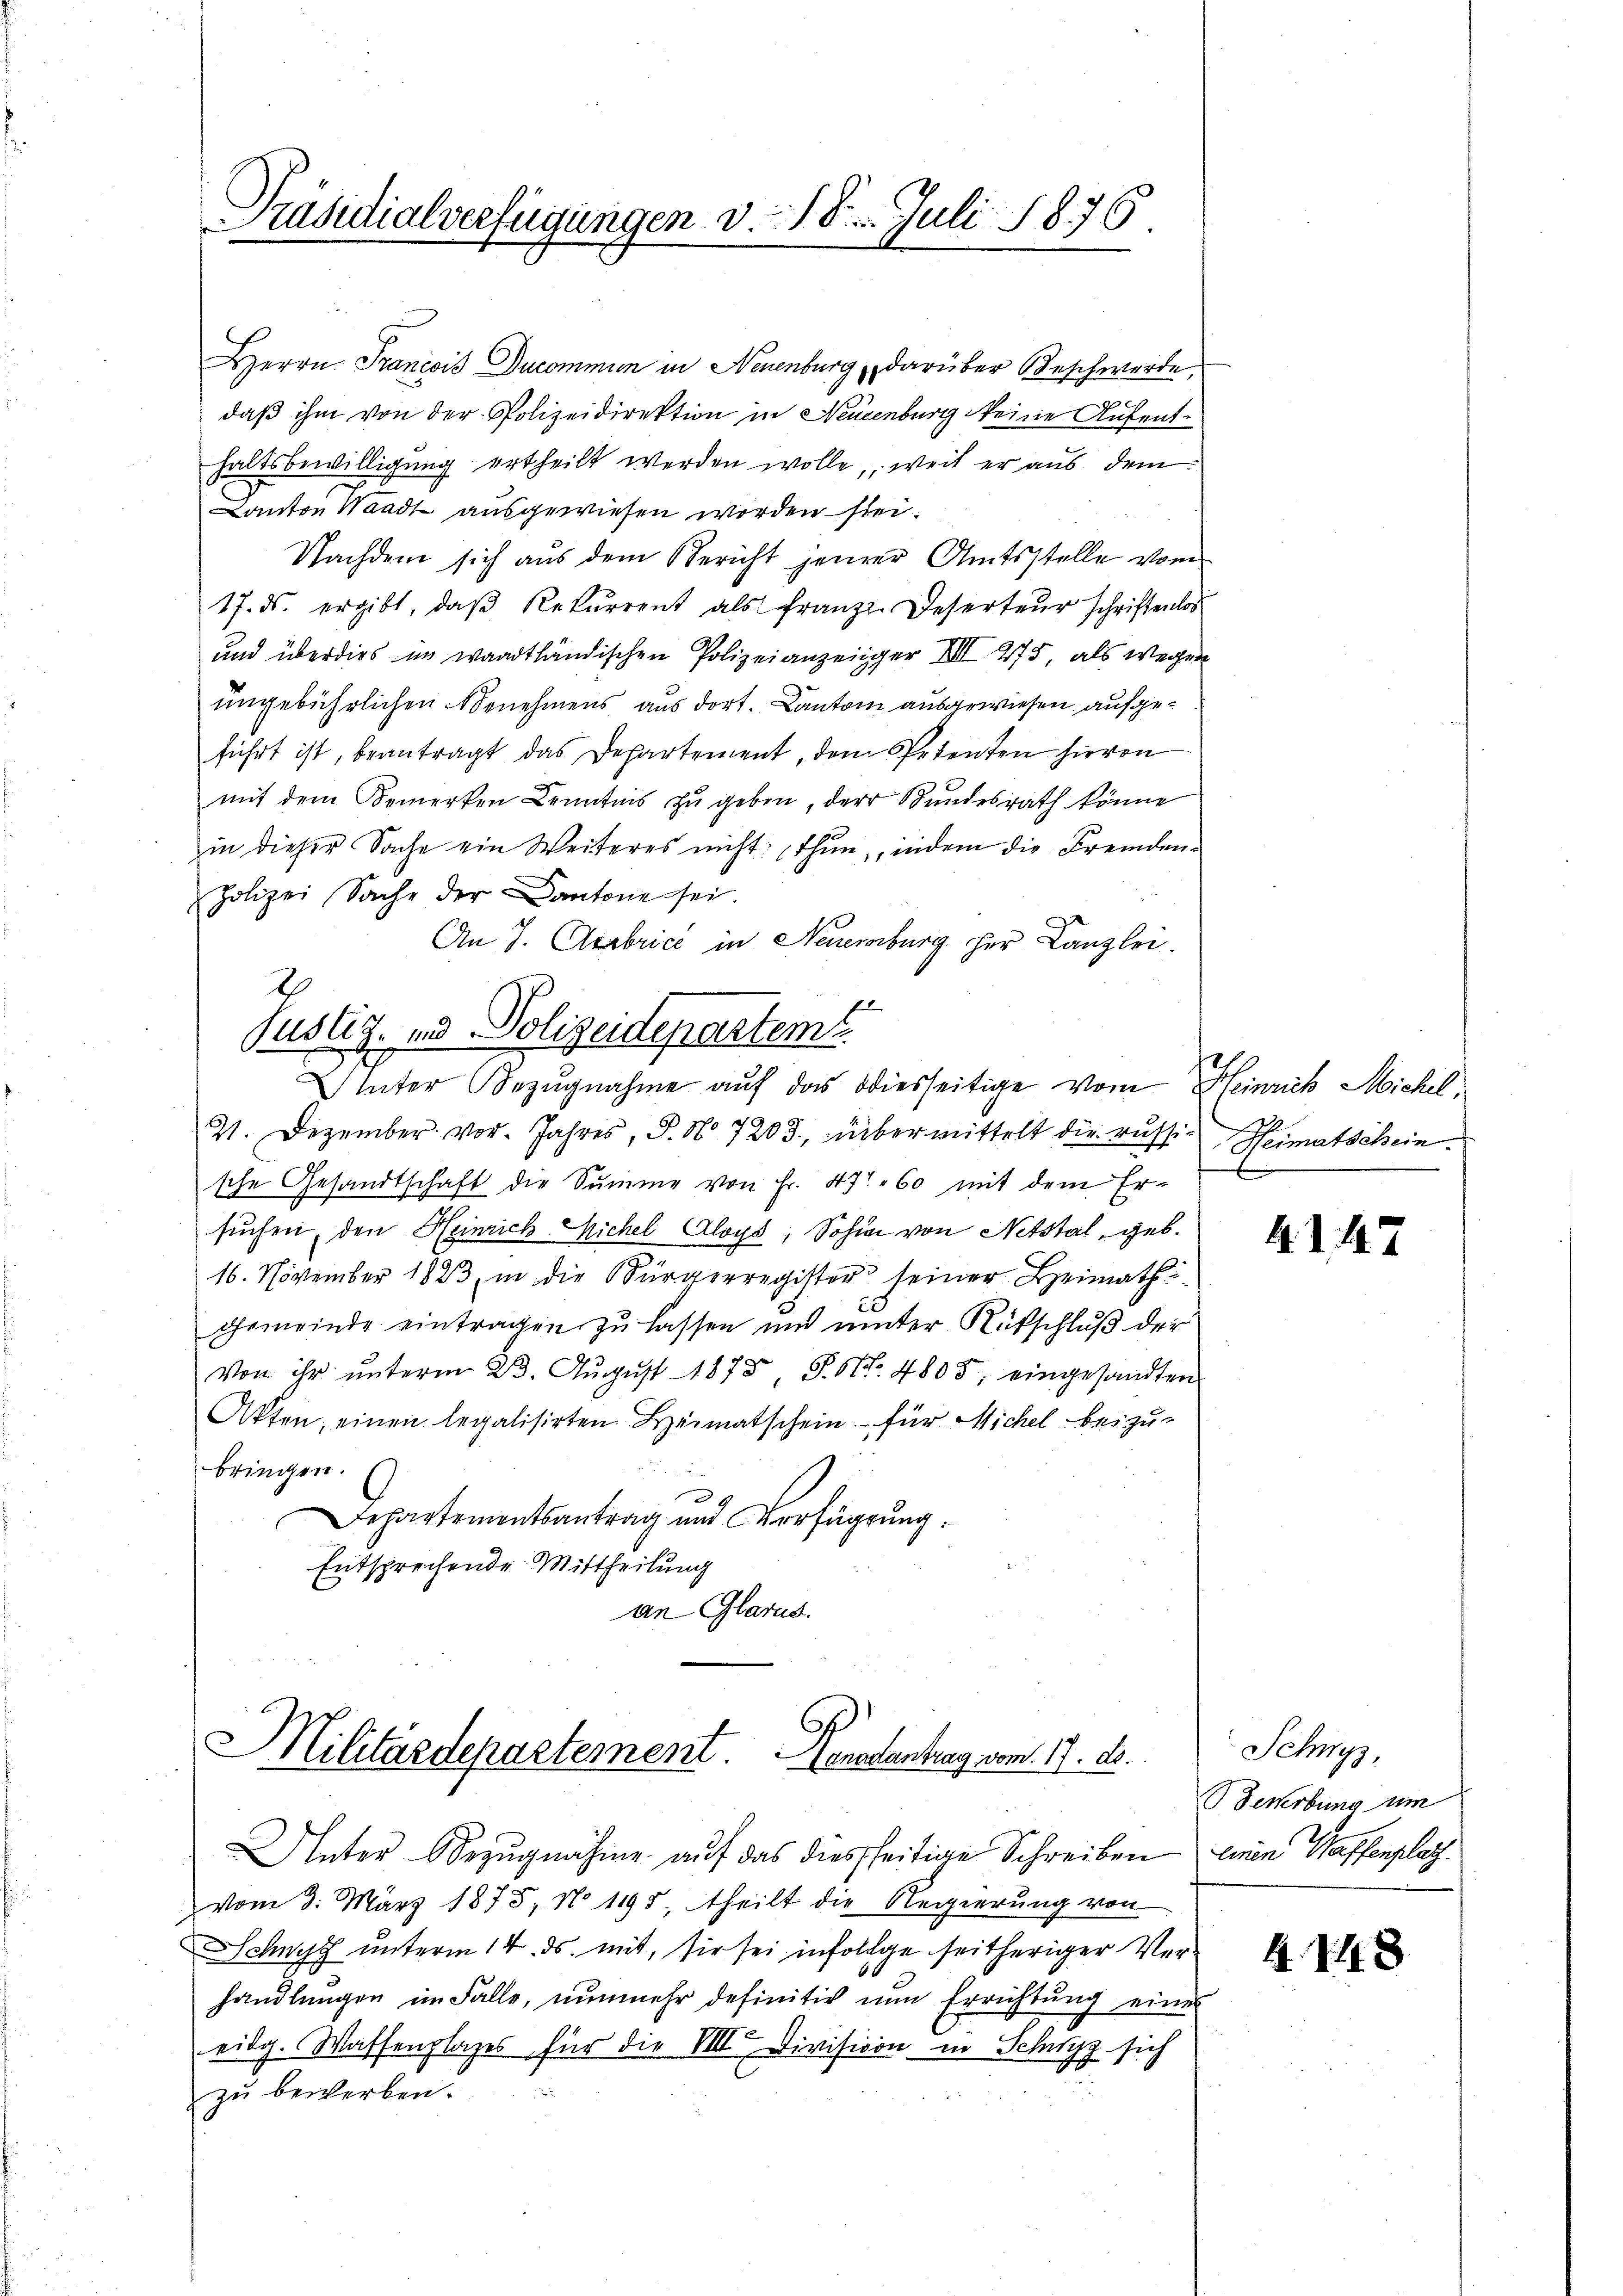
Präsidialverfügungen v. 18. Juli 1876.

Herrn Francois Ducommun in Neuenburg, darüber Beschwerde,
daß ihm von der Polizeidirektion in Neugenburg eine Aufenthaltsbewilligung ertheilt werden wolle, weil er aus dem
Canton Waadt ausgewiesen worden sei.
Nachdem sich aus dem Bericht jener Amtsstelle vom
17. ds. ergibt, daβ Rekurrent als franz-Deserteŭr schriftenlos
und überdies in waadtländischen Polizeianzeiger III 275, als wegen
ungebührlichen Benehmens aus dort. Canton ausgewiesen, aufgeführt ist, beantragt das Departement, den Petenten hievon
mit dem Bemerken Kenntnis zu geben, der Bundesrath könne
in dieser Sache ein Weiteres nicht thun, indem die Fremden¬
Polizei Sache der Cantone sei.
An J. Aerbrice in Neuenburg her Canzlei.
2
Pustiz- und Polizeidepartem
Inter Bezugnahme auf das diesseitige vom Heinrich Michel
21. Dezember vor. Jahres, P. No 7203, übermittelt die russische Gesandtschaft die Summe von Fr. 471. 60 mit dem Ersuchen, den Heinrich Kichel Aloys, Sohin von Netstal, geb.
16. November 1823, in die Bürgerregister seiner Heimath
Gemeinde eintragen zu lassen und unter Rutschluß der
Von ihr unterm 23. August 1878 P. Nr. 4805, eingesandten
Akten, einen legalisirten Heimatschein für Michel beizu-
bringen.
f
Departementsantrag und Verfügung.
Entsprechende Mittheilung
an Glarus.

Militärdepartement. Menastantrag vom 17. d.

Unter Bezugnahme auf das diesseitige Schreiben
vom 3. März 1875, No 1195, theilt die Regierung von
Schwyz unterm 14. ds. mit, sie sei infolge seitheriger Verhandlungen im Falle, nunmehr definitiv nun Errichtung eines
eidg. Wassenplazes für die VIII Division in Schwyz sich
zu bewerben.

Heimatschein.
e

4. d. 147

Schwyz,
Bewerbung um
linen Waffenplatz.

4. 148